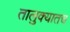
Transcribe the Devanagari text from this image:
तालुक्यातच